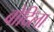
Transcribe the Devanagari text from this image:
बोदिला